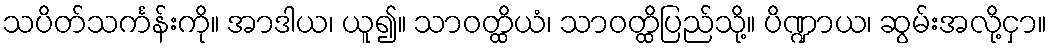
သပိတ်သင်္ကန်းကို။ အာဒါယ၊ ယူ၍။ သာဝတ္ထိယံ၊ သာဝတ္ထိပြည်သို့။ ပိဏ္ဍာယ၊ ဆွမ်းအလို့ငှာ။